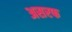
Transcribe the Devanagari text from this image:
असरफ